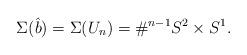
LaTeX: \begin{align*}\Sigma(\hat{b}) = \Sigma(U_n) = \#^{n-1} S^2 \times S^1.\end{align*}